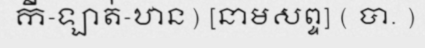
កី-ឡាត់-ឋាន) [នាមសព្ទ] ( បា. )